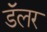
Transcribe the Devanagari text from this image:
डॅलर